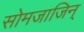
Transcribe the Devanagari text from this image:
सोमजाजिन्